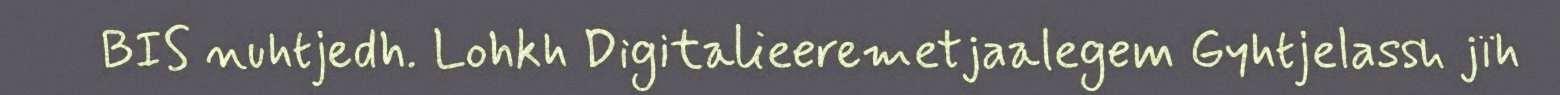
BIS nuhtjedh. Lohkh Digitalieeremetjaalegem Gyhtjelassh jïh